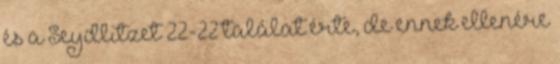
és a Seydlitzet 22-22 találat érte, de ennek ellenére